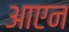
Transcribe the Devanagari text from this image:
आएन